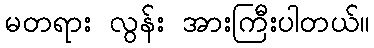
မတရား လွန်း အားကြီးပါတယ်။